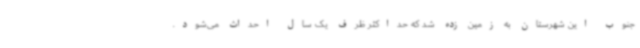
جنوب این شهرستان به زمین زده شد که حداکثر ظرف یک سال احداث می‌شود.